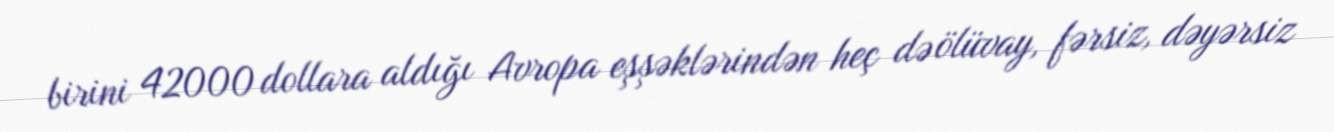
birini 42000 dollara aldığı Avropa eşşəklərindən heç də ölüvay, fərsiz, dəyərsiz